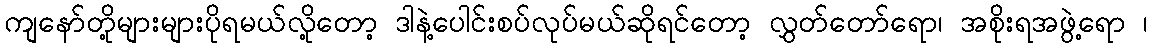
ကျနော်တို့များများပိုရမယ်လို့တော့ ဒါနဲ့ပေါင်းစပ်လုပ်မယ်ဆိုရင်တော့ လွှတ်တော်ရော၊ အစိုးရအဖွဲ့ရော ၊